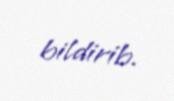
bildirib.